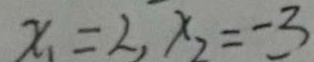
x _ { 1 } = 2 , x _ { 2 } = - 3